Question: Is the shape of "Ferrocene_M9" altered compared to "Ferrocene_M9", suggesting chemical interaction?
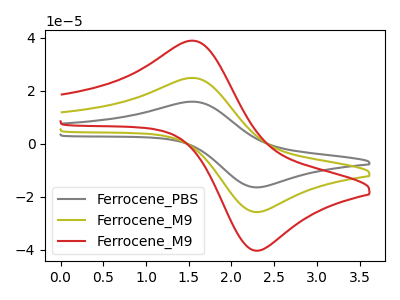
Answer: <think>The gray curve "Ferrocene_PBS" has an anodic peak at (1.55V, 49.70uA) and a cathodic peak at (2.30V, -51.65uA). The olive curve "Ferrocene_M9" has an anodic peak at (1.55V, 24.85uA) and a cathodic peak at (2.30V, -25.80uA). The red curve "Ferrocene_M9" has an anodic peak at (1.55V, 38.90uA) and a cathodic peak at (2.30V, -40.40uA).
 All the peaks in "Ferrocene_M9" have a peak in "Ferrocene_M9" at the same potential. Every peak in "Ferrocene_M9" is higher than every peak in "Ferrocene_M9".</think>
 <answer>No, "Ferrocene_M9" and "Ferrocene_M9" don't appear to be significantly different in shape</answer>
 <eval>no_change</eval>